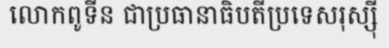
លោកពូទីន ជាប្រធានាធិបតីប្រទេសរុស្ស៊ី